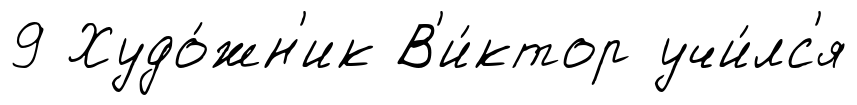
9 Худо́жн'ик В'и́ктор учи́лс'я